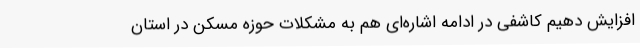
افزایش دهیم کاشفی در ادامه اشاره‌ای هم به مشکلات حوزه مسکن در استان